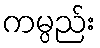
ကမ္ပည်း